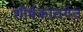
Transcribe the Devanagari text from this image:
शीर्षकांतर्गत